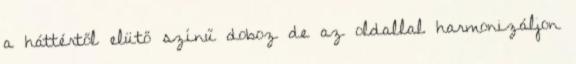
a háttértől elütő színű doboz de az oldallal harmonizáljon